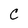
Character: C